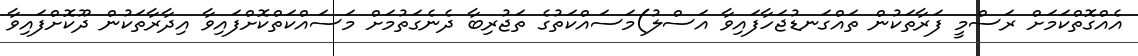
އެއްގޮތްކަމަށް ރަސްމީ ފަރާތަކުން ތައްގަނޑުޖަހާފައިވާ އަސްލު)މަސައްކަތުގެ ތަޖުރިބާ ދެނެގަތުމަށް މަސައްކަތްކޮށްފައިވާ އިދާރާތަކުން ދޫކޮށްފައިވާ